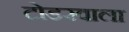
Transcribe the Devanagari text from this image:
टोडरवाला